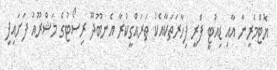
ޔޮޓްމެރީނާ އާއި ޑިއުޓީ ފްރީ ފިހާރަތަކާއެކު ތަރައްގީކުރާ އެނބޫދޫ ރިސޯޓުގެ މަޝްރޫއު ފަށައިފި